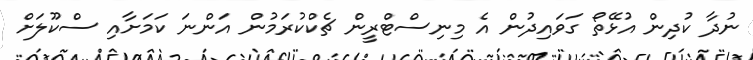
ނުދާ ކުދިން އުޅޭތޯ ގަވައިދުން އެ މިނިސްޓްރީން ޗެކްކުރަމުން އަންނަ ކަމަށާއި ސްކޫލަށް